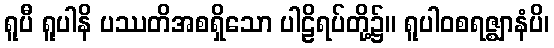
ရူပီ ရူပါနိ ပဿတိအစရှိသော ပါဠိရပ်တို့၌။ ရူပါဝစရဇ္ဈာနံပိ၊